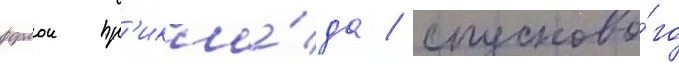
формои пр'икла́да / спусково́го